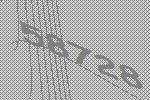
58728